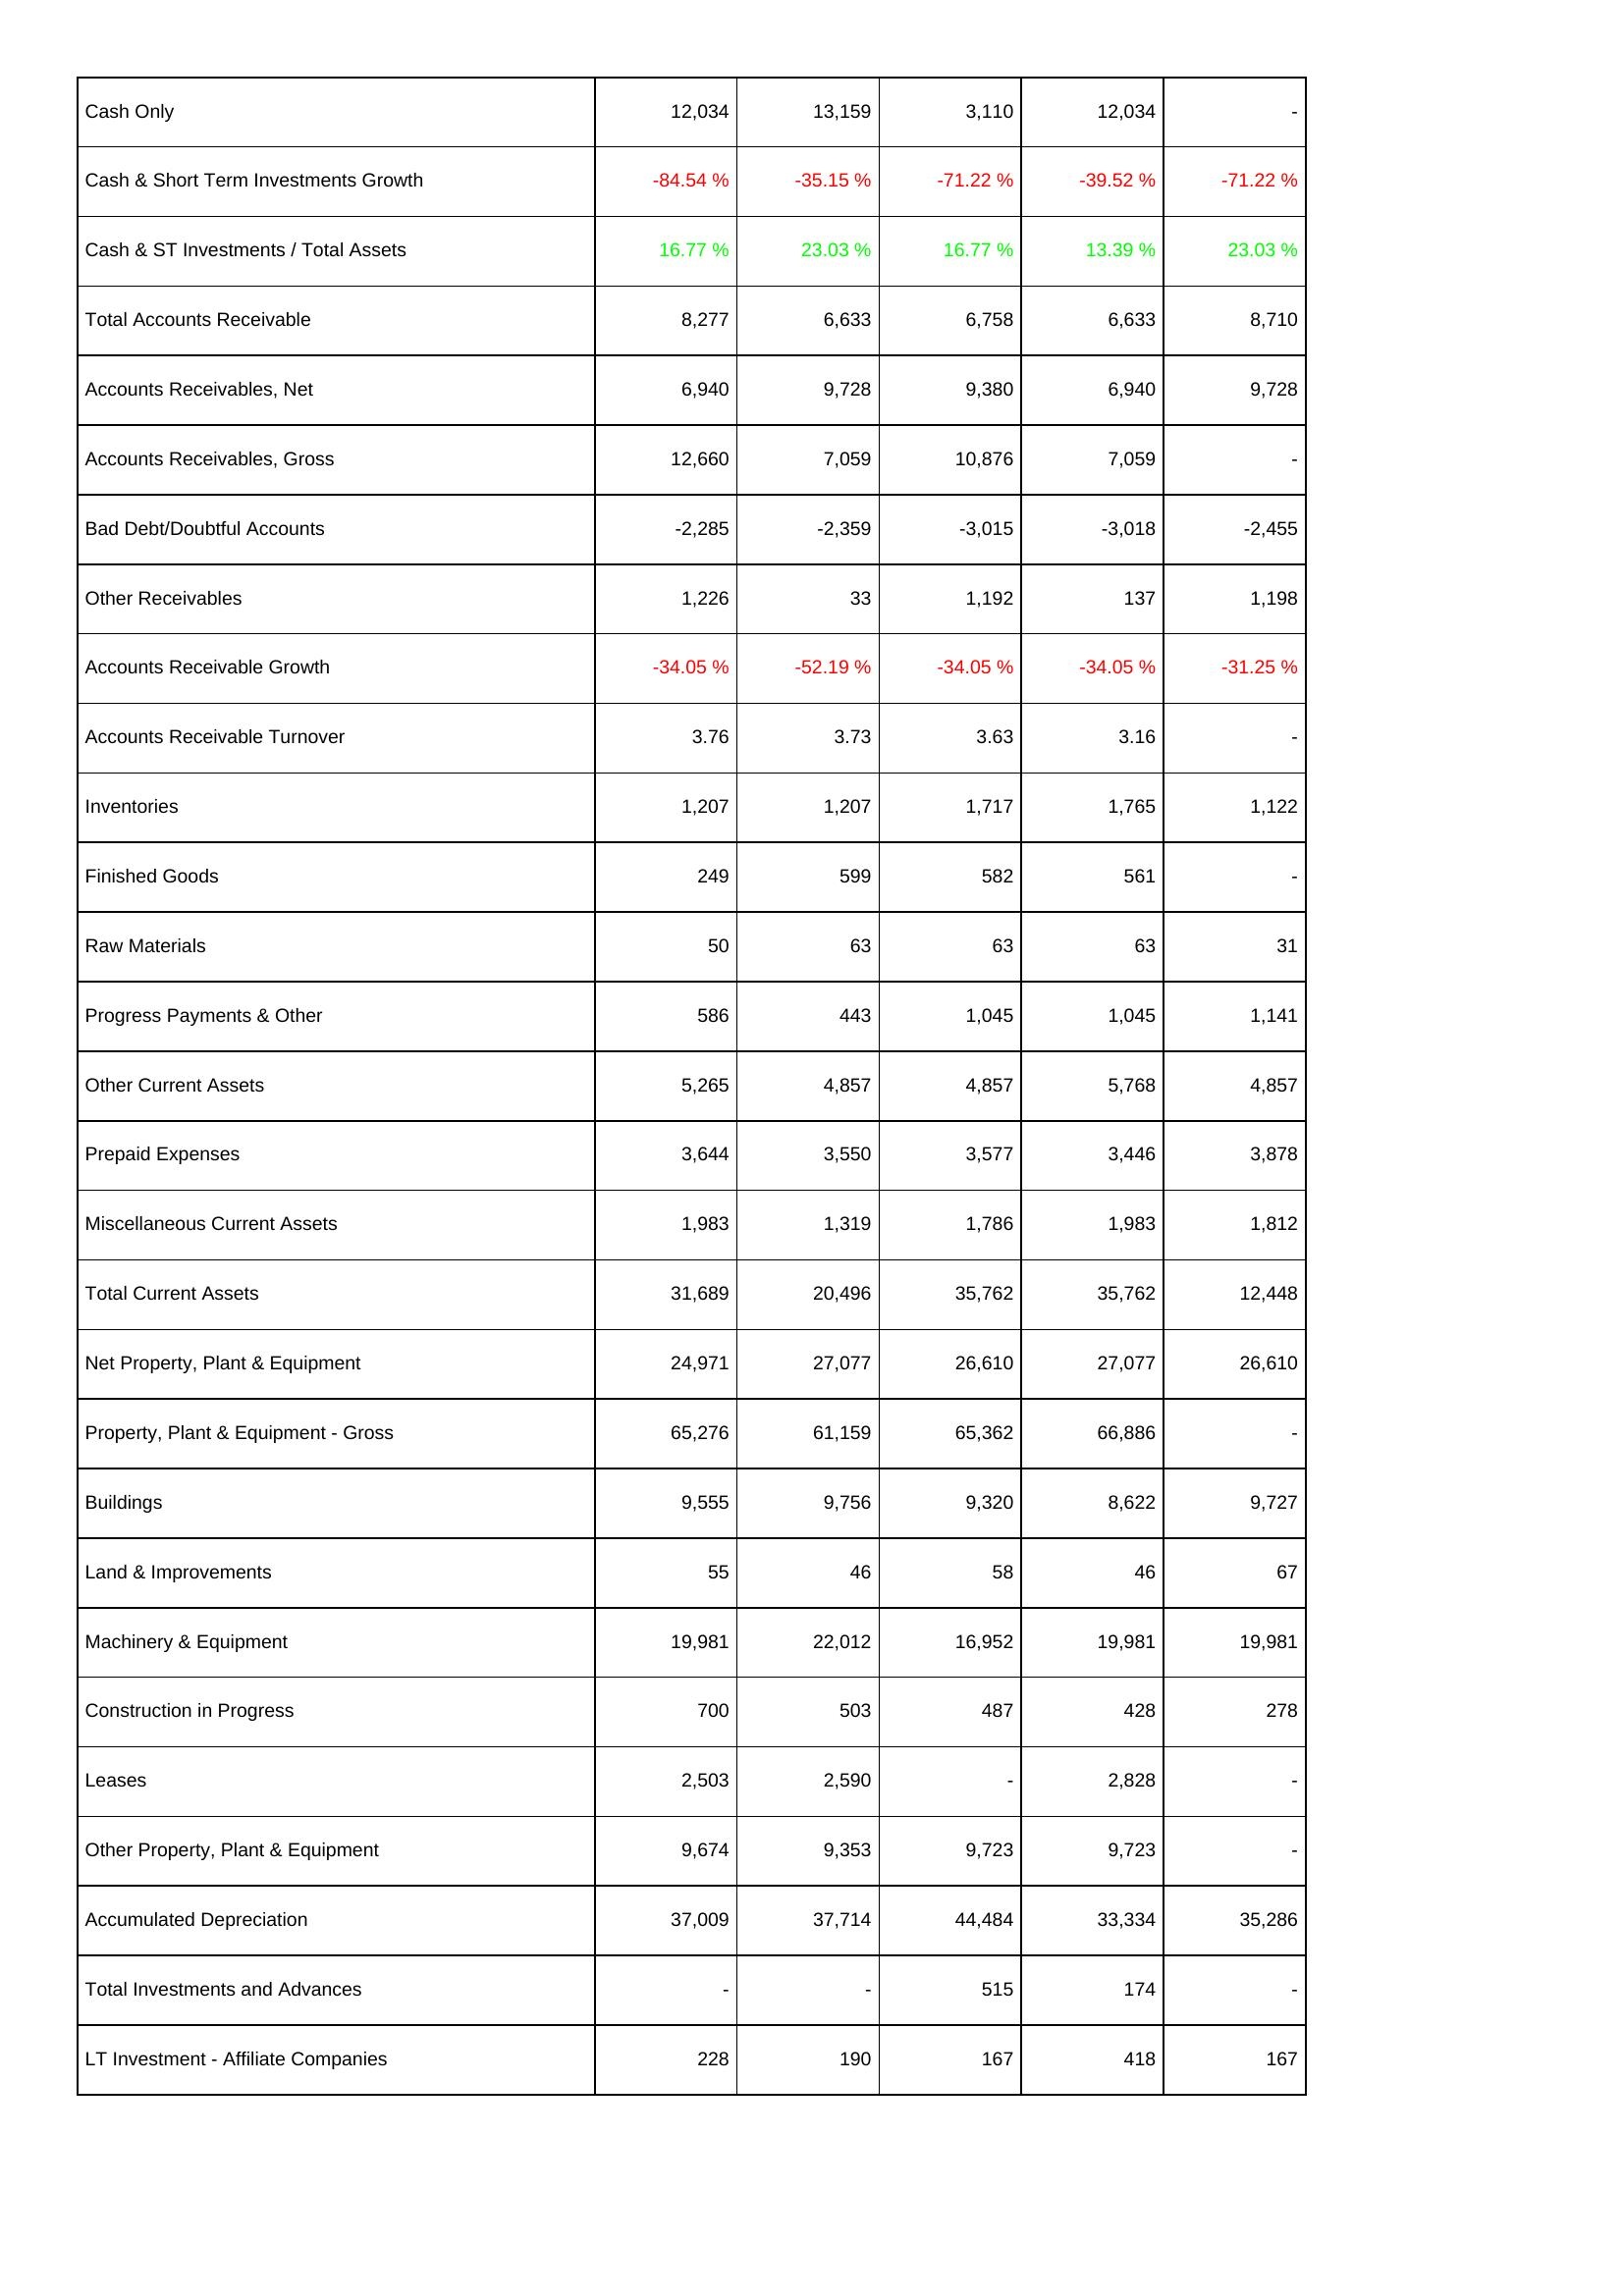
2012: Assets: Cash Only: 12,034
Cash & Short Term Investments Growth: -84.54 %
Cash & ST Investments / Total Assets: 16.77 %
Total Accounts Receivable: 8,277
Accounts Receivables, Net: 6,940
Accounts Receivables, Gross: 12,660
Bad Debt/Doubtful Accounts: -2,285
Other Receivables: 1,226
Accounts Receivable Growth: -34.05 %
Accounts Receivable Turnover: 3.76
Inventories: 1,207
Finished Goods: 249
Raw Materials: 50
Progress Payments & Other: 586
Other Current Assets: 5,265
Prepaid Expenses: 3,644
Miscellaneous Current Assets: 1,983
Total Current Assets: 31,689
Net Property, Plant & Equipment: 24,971
Property, Plant & Equipment - Gross: 65,276
Buildings: 9,555
Land & Improvements: 55
Machinery & Equipment: 19,981
Construction in Progress: 700
Leases: 2,503
Other Property, Plant & Equipment: 9,674
Accumulated Depreciation: 37,009
Total Investments and Advances: -
LT Investment - Affiliate Companies: 228
2013: Assets: Cash Only: 13,159
Cash & Short Term Investments Growth: -35.15 %
Cash & ST Investments / Total Assets: 23.03 %
Total Accounts Receivable: 6,633
Accounts Receivables, Net: 9,728
Accounts Receivables, Gross: 7,059
Bad Debt/Doubtful Accounts: -2,359
Other Receivables: 33
Accounts Receivable Growth: -52.19 %
Accounts Receivable Turnover: 3.73
Inventories: 1,207
Finished Goods: 599
Raw Materials: 63
Progress Payments & Other: 443
Other Current Assets: 4,857
Prepaid Expenses: 3,550
Miscellaneous Current Assets: 1,319
Total Current Assets: 20,496
Net Property, Plant & Equipment: 27,077
Property, Plant & Equipment - Gross: 61,159
Buildings: 9,756
Land & Improvements: 46
Machinery & Equipment: 22,012
Construction in Progress: 503
Leases: 2,590
Other Property, Plant & Equipment: 9,353
Accumulated Depreciation: 37,714
Total Investments and Advances: -
LT Investment - Affiliate Companies: 190
2014: Assets: Cash Only: 3,110
Cash & Short Term Investments Growth: -71.22 %
Cash & ST Investments / Total Assets: 16.77 %
Total Accounts Receivable: 6,758
Accounts Receivables, Net: 9,380
Accounts Receivables, Gross: 10,876
Bad Debt/Doubtful Accounts: -3,015
Other Receivables: 1,192
Accounts Receivable Growth: -34.05 %
Accounts Receivable Turnover: 3.63
Inventories: 1,717
Finished Goods: 582
Raw Materials: 63
Progress Payments & Other: 1,045
Other Current Assets: 4,857
Prepaid Expenses: 3,577
Miscellaneous Current Assets: 1,786
Total Current Assets: 35,762
Net Property, Plant & Equipment: 26,610
Property, Plant & Equipment - Gross: 65,362
Buildings: 9,320
Land & Improvements: 58
Machinery & Equipment: 16,952
Construction in Progress: 487
Leases: -
Other Property, Plant & Equipment: 9,723
Accumulated Depreciation: 44,484
Total Investments and Advances: 515
LT Investment - Affiliate Companies: 167
2015: Assets: Cash Only: 12,034
Cash & Short Term Investments Growth: -39.52 %
Cash & ST Investments / Total Assets: 13.39 %
Total Accounts Receivable: 6,633
Accounts Receivables, Net: 6,940
Accounts Receivables, Gross: 7,059
Bad Debt/Doubtful Accounts: -3,018
Other Receivables: 137
Accounts Receivable Growth: -34.05 %
Accounts Receivable Turnover: 3.16
Inventories: 1,765
Finished Goods: 561
Raw Materials: 63
Progress Payments & Other: 1,045
Other Current Assets: 5,768
Prepaid Expenses: 3,446
Miscellaneous Current Assets: 1,983
Total Current Assets: 35,762
Net Property, Plant & Equipment: 27,077
Property, Plant & Equipment - Gross: 66,886
Buildings: 8,622
Land & Improvements: 46
Machinery & Equipment: 19,981
Construction in Progress: 428
Leases: 2,828
Other Property, Plant & Equipment: 9,723
Accumulated Depreciation: 33,334
Total Investments and Advances: 174
LT Investment - Affiliate Companies: 418
2016: Assets: Cash Only: -
Cash & Short Term Investments Growth: -71.22 %
Cash & ST Investments / Total Assets: 23.03 %
Total Accounts Receivable: 8,710
Accounts Receivables, Net: 9,728
Accounts Receivables, Gross: -
Bad Debt/Doubtful Accounts: -2,455
Other Receivables: 1,198
Accounts Receivable Growth: -31.25 %
Accounts Receivable Turnover: -
Inventories: 1,122
Finished Goods: -
Raw Materials: 31
Progress Payments & Other: 1,141
Other Current Assets: 4,857
Prepaid Expenses: 3,878
Miscellaneous Current Assets: 1,812
Total Current Assets: 12,448
Net Property, Plant & Equipment: 26,610
Property, Plant & Equipment - Gross: -
Buildings: 9,727
Land & Improvements: 67
Machinery & Equipment: 19,981
Construction in Progress: 278
Leases: -
Other Property, Plant & Equipment: -
Accumulated Depreciation: 35,286
Total Investments and Advances: -
LT Investment - Affiliate Companies: 167